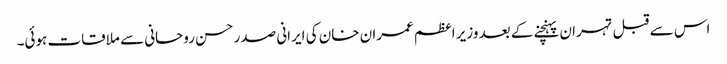
اس سے قبل تہران پہنچنے کے بعد وزیر اعظم عمران خان کی ایرانی صدر حسن روحانی سے ملاقات ہوئی۔